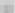
0